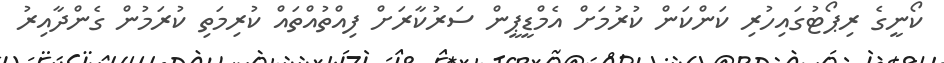
ކޯނީގެ ރިޕޯޓުގައިހުރި ކަންކަން ކުރުމަށް އެމްޑީޕީން ސަރުކާރަށް ފިއްތުއްތައް ކުރިމަތި ކުރަމުން ގެންދާއިރު